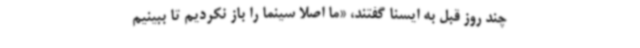
چند روز قبل به ایسنا گفتند، «ما اصلا سینما را باز نکردیم تا ببینیم